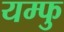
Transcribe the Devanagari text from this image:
यम्फु